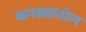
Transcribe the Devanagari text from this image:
कपड्यांतील